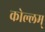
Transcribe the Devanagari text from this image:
कोल्लम्